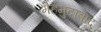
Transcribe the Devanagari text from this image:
मेहमुदाबाद